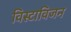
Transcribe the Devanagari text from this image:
विस्टाविजन